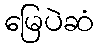
မြေပဲဆံ